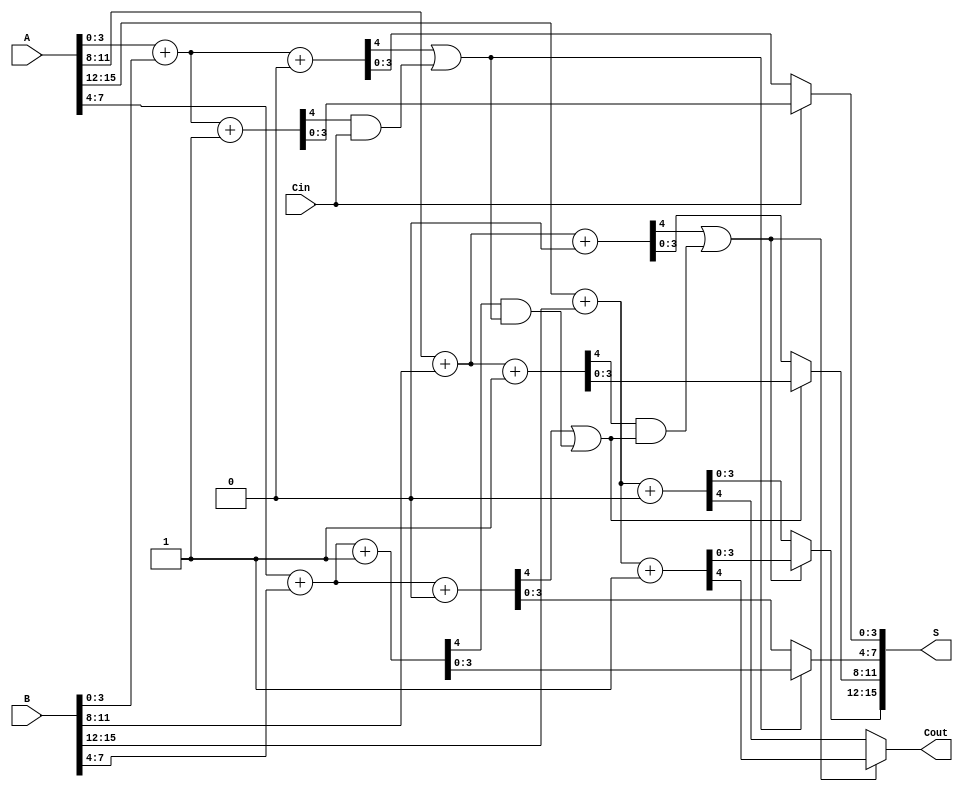
module CarrySelectAdder #(parameter N = 16, // Total bits
                          parameter K = 4   // Bits per sub-block
                         )(
    input [N-1:0] A,        // First input
    input [N-1:0] B,        // Second input
    input Cin,              // Carry-in
    output [N-1:0] S,       // Sum output
    output Cout             // Carry-out output
);
    localparam NUM_BLOCKS = N / K; // Number of sub-blocks

    wire [K-1:0] sum0[0:NUM_BLOCKS-1]; // Sums when Cin = 0
    wire [K-1:0] sum1[0:NUM_BLOCKS-1]; // Sums when Cin = 1
    wire [NUM_BLOCKS-1:0] cout0;       // Carry outs when Cin = 0
    wire [NUM_BLOCKS-1:0] cout1;       // Carry outs when Cin = 1
    wire [NUM_BLOCKS-1:0] carry;       // Carries to the next block
    wire [NUM_BLOCKS-1:0] select;      // Select lines for multiplexers

    // Generate sub-blocks
    genvar i;
    generate
        for (i = 0; i < NUM_BLOCKS; i = i + 1) begin : sub_block
            // Calculate the input ranges for each sub-block
            wire [K-1:0] A_sub = A[K*i +: K];
            wire [K-1:0] B_sub = B[K*i +: K];
            wire Cin_sub = (i == 0) ? Cin : carry[i-1];

            // Full adder logic for both cases
            assign {cout0[i], sum0[i]} = A_sub + B_sub + 1'b0; // When Cin = 0
            assign {cout1[i], sum1[i]} = A_sub + B_sub + 1'b1; // When Cin = 1

            // Carry to the next block
            if (i < NUM_BLOCKS - 1) begin
                assign carry[i] = cout0[i] | (cout1[i] & Cin_sub);
            end
        end
    endgenerate

    // Select outputs for sum and carry
    generate
        for (i = 0; i < NUM_BLOCKS; i = i + 1) begin : output_select
            assign select[i] = (i == 0) ? Cin : carry[i-1];

            assign S[K*i +: K] = select[i] ? sum1[i] : sum0[i];
            if (i == NUM_BLOCKS - 1) begin
                assign Cout = select[i] ? cout1[i] : cout0[i];
            end
        end
    endgenerate
endmodule